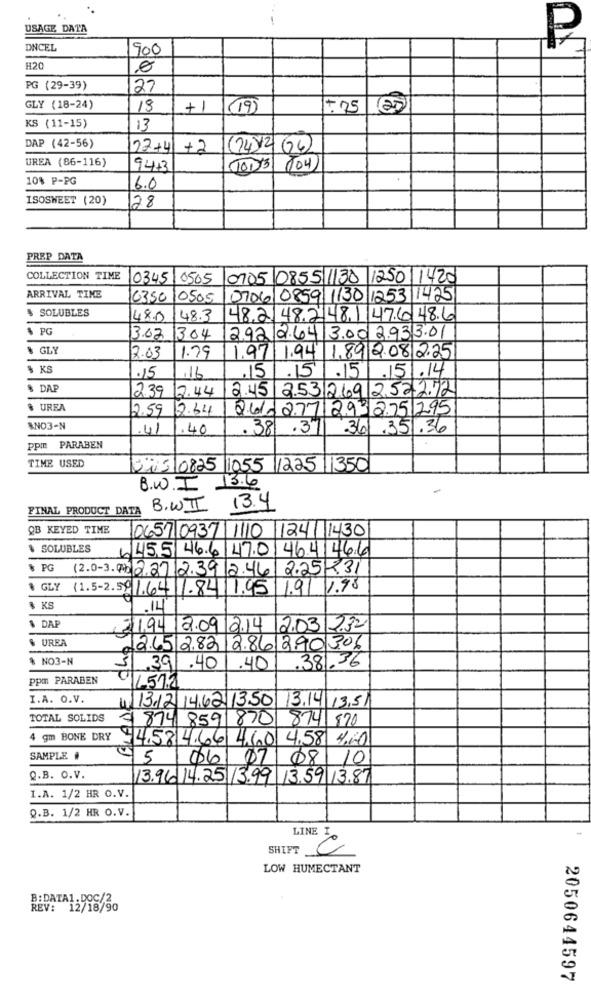
.
-
USAGE DATA
DNCEL
900
H20
PG (29-39)
27
GLY (18-24)
18
+1
(19)
+ 25
KS (11-15)
13
DAP (42-56)
22+4/+2
(24)12 64
UREA (86-116)
9413
10113 (104
10% P-PG
6.0
ISOSWEET (20)
128
PREP DATA
COLLECTION TIME
0345 0505
0105 0855 /130 1250 1420
ARRIVAL TIME
0350 10505
0704 0859 1130 1253 1425
$ SOLUBLES
48.0
148.3
48.2.48.2148.1 47.6 48.6
$ PG
3.02 304
2.92/2.64/3.00 2.933.01
& GLY
2.03
1.79
1.97 1.94 1.89 2.08 2.25
$ KS
.15
.15
151.14
.15
16
$ DAP
239
2.44
12.45
253 2692522.12
៛ UREA
2,59
12.34
2.41. 277 2932.75195
ANO3-N
.41
.40
.38 .371
.361.351.36
Ppm PARABEN
TIME USED
Da5/0825 1055 1225 1350
B.W.I
13.6
-
FINAL PRODUCT DATA
B.WII
13.4
QB KEYED TIME
0657|0937 1110 1241 1430
$ SOLUBLES
1455 46.6 470 464 466
& PG
12.0-3.91) 2.27 2.39 2.46/2.25X31
GLY (1.5-2.59/1.64 1.84 1.95 1.91 1.98
& KS
.14
$ DAP
21,94 12.09 214 2.03 232
% UREA
12.65 282 /2.86 2,90 306
$ NO3-N
.38.36
39.40
.40
ppm PARABEN
96512
I.A. O.V.
4. 13.12 1462 1350
13.14\13,51
TOTAL SOLIDS
# 874 859 870
874 870
4 gm BONE DRY 4,58 4.66 4,60 4.58 4.60
SAMPLE #
95
06
07
08
10
Q.B. O.V.
13.96 14.25 13.99 13.59 13.87
I.A. 1/2 HR O.V.
Q.B. 1/2 HR O.V.
LINE I
-
SHIFT
LOW HUMECTANT
B:DATA1.DOC/2
REV: 12/18/90
2050644597